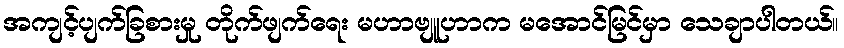
အကျင့်ပျက်ခြစားမှု တိုက်ဖျက်ရေး မဟာဗျူဟာက မအောင်မြင်မှာ သေချာပါတယ်။